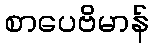
စာပေဗိမာန်